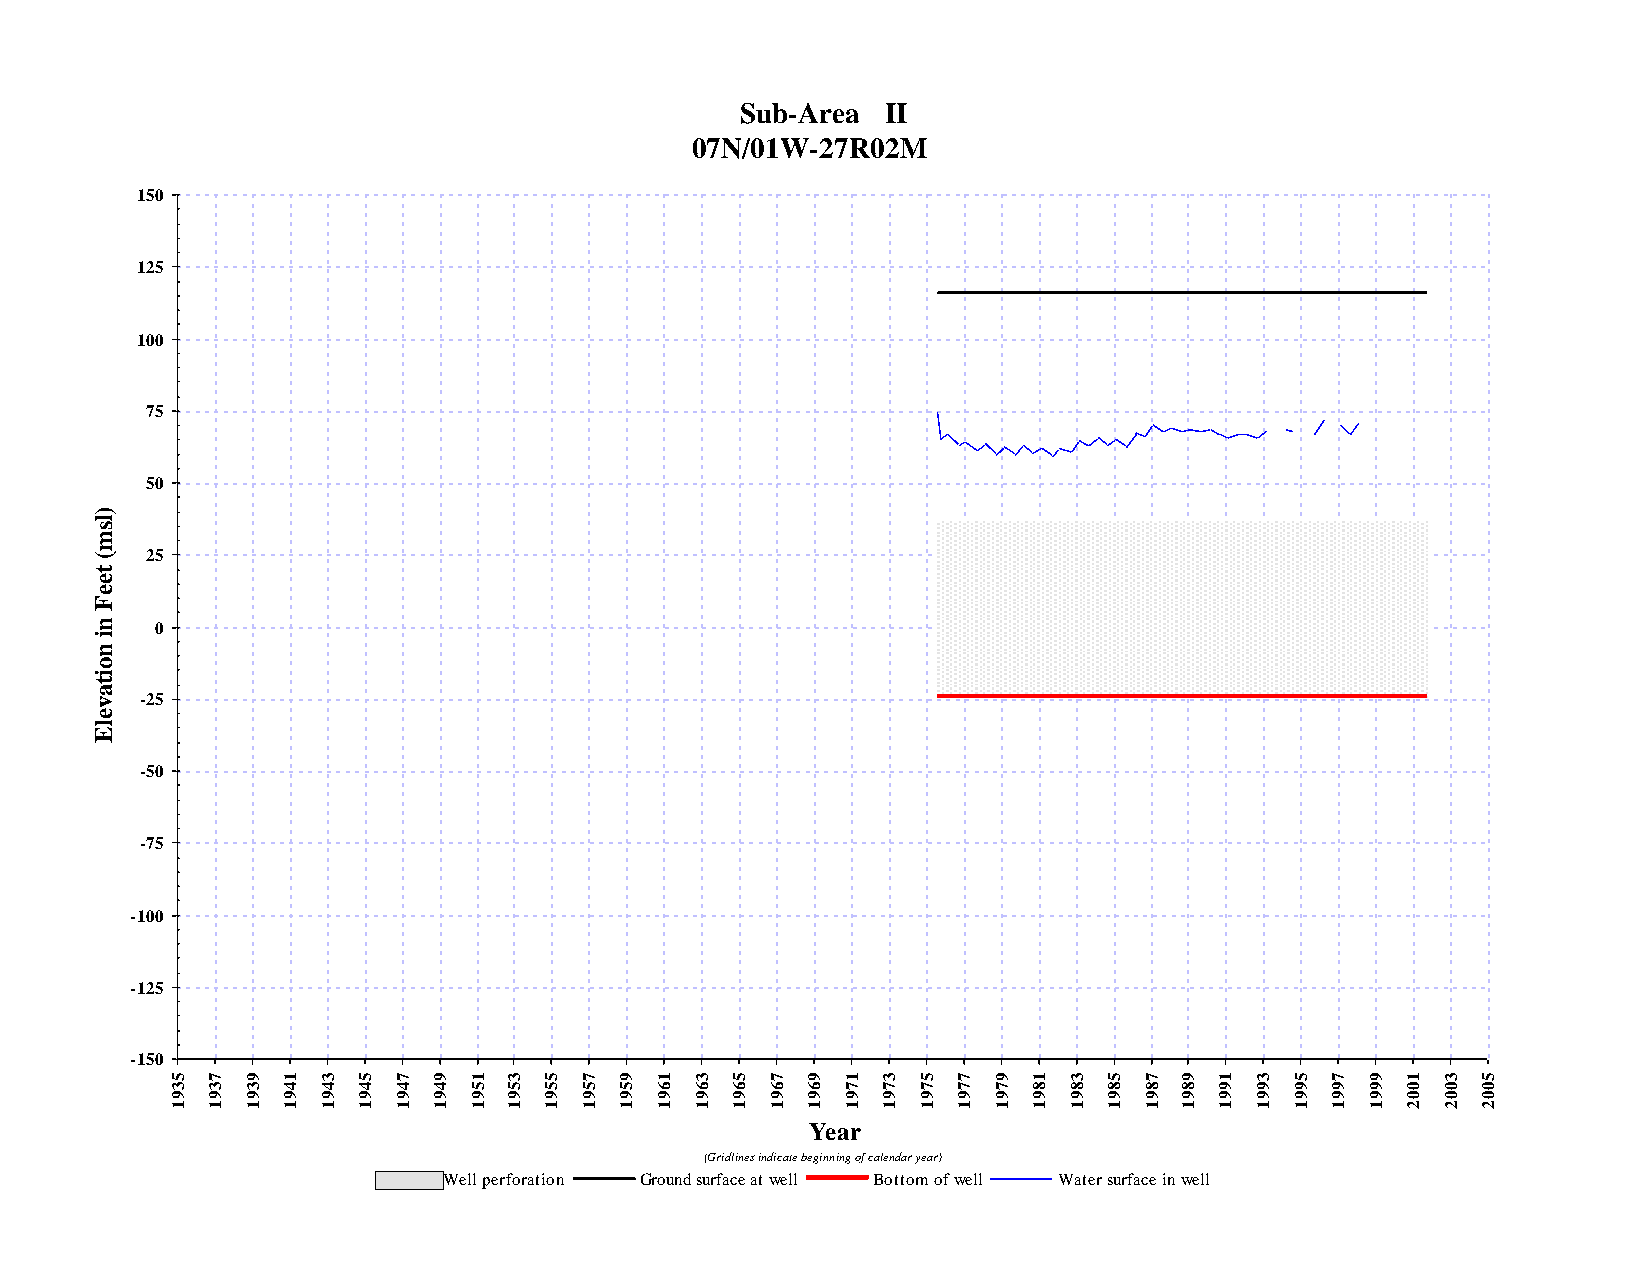
Sub-Area  II
 07N/01W-27R02M
 150
 125
 100
 75
 50
 )
 l
 s
 m
 (   25
 t
 e
 e
 F
 n   0
 i
 n
 o
 i
 t
 a
 v  -25
 e
 l
 E
 -50
 -75
 -100
 -125
 -150
 5  7 9  1 3  5 7  9 1  3 5 7  9 1  3 5  7 9  1 3  5 7  9 1  3 5  7 9  1 3  5 7  9 1  3 5
 3  3 3  4 4  4 4  4 5  5 5 5  5 6  6 6  6 6  7 7  7 7  7 8  8 8  8 8  9 9  9 9  9 0  0 0
 9  9 9  9 9  9 9  9 9  9 9 9  9 9  9 9  9 9  9 9  9 9  9 9  9 9  9 9  9 9  9 9  9 0  0 0
 1  1 1  1 1  1 1  1 1  1 1 1  1 1  1 1  1 1  1 1  1 1  1 1  1 1  1 1  1 1  1 1  1 2  2 2
 Year
 (Gridlines indicate beginning of calendar year)
 Well perforation Ground surface at well Bottom of well Water surface in well